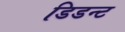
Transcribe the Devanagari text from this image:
डिडन्‍ट